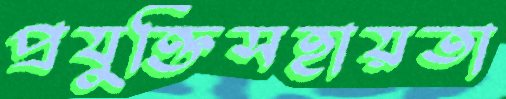
প্রযুক্তিসহায়তা